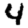
Digit: 4